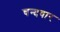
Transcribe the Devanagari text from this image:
चन्दवार